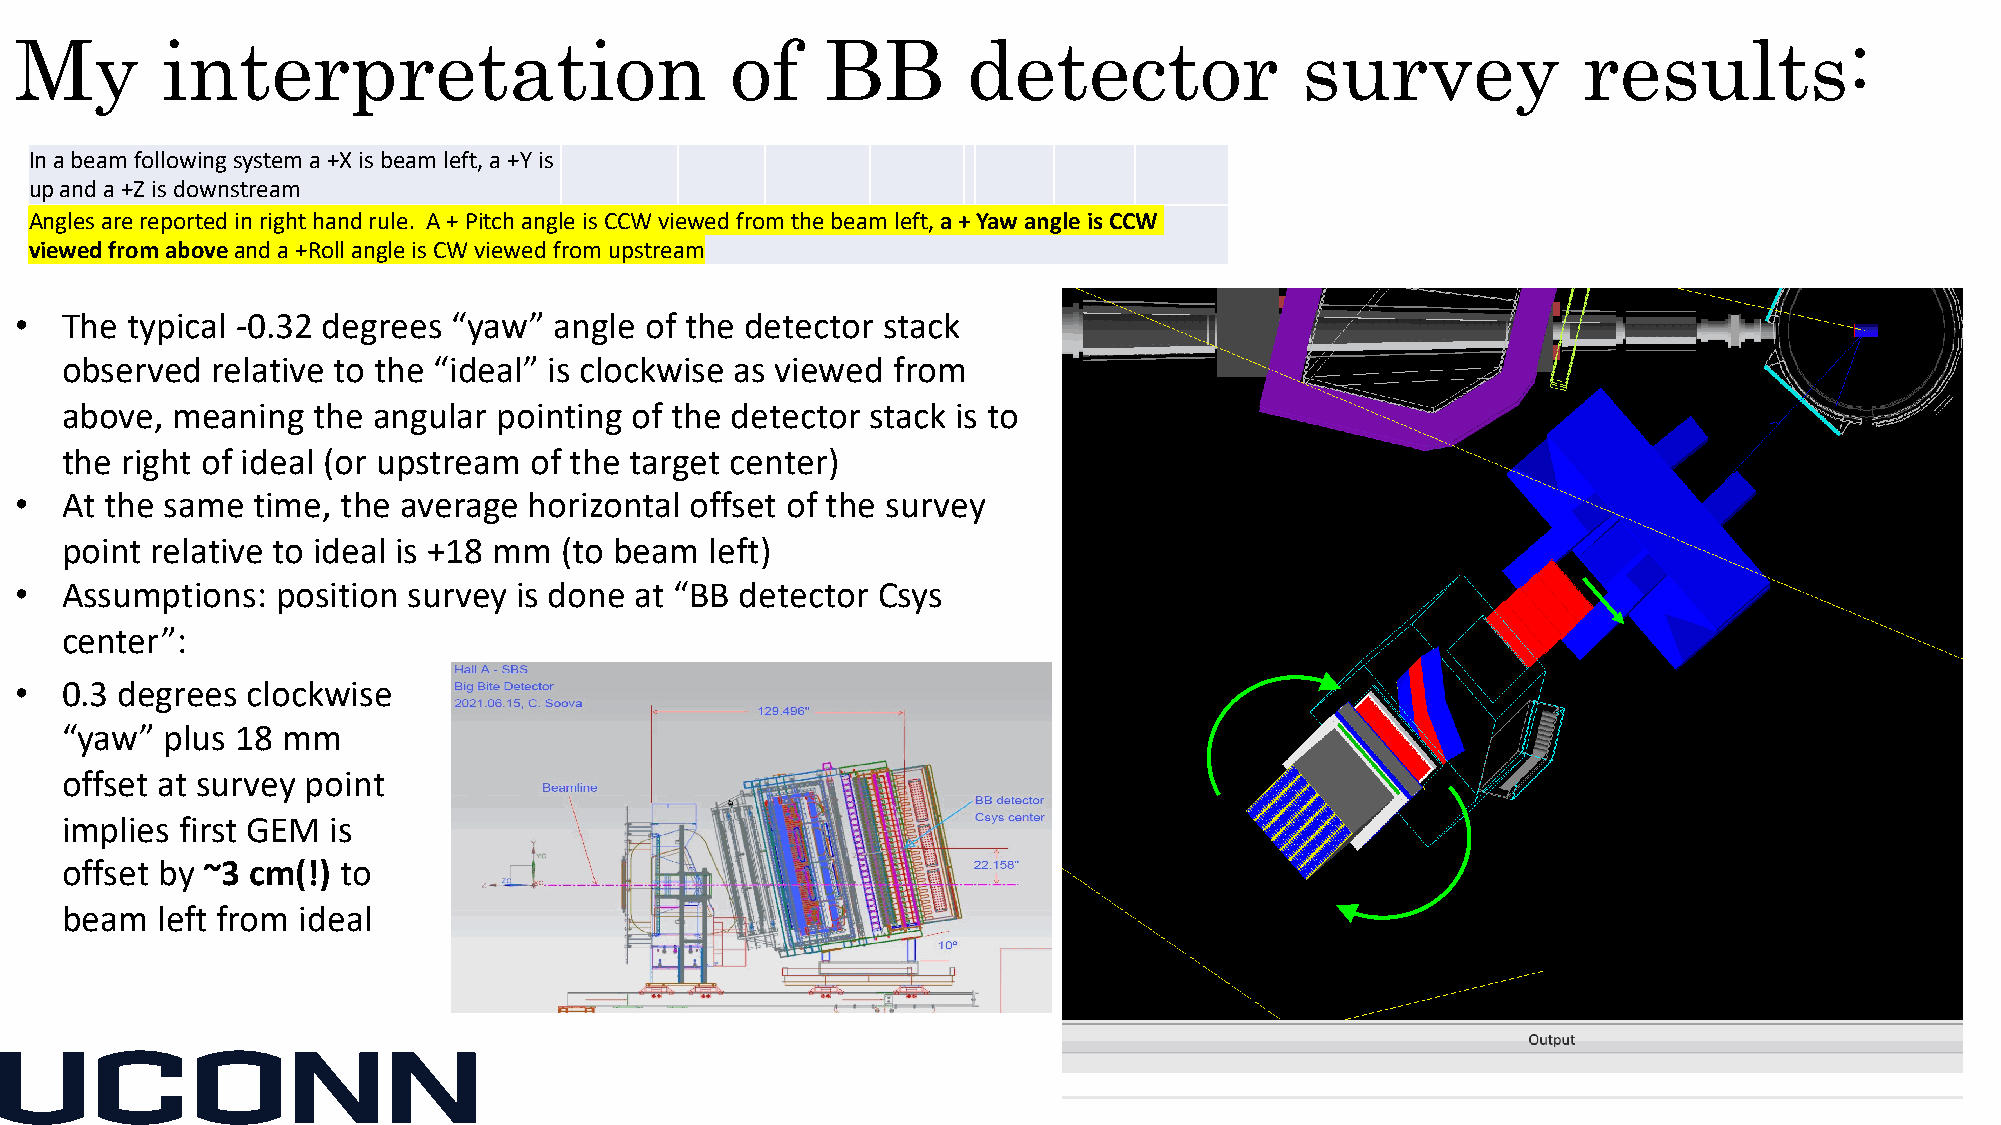
My        interpretation                       of    BB        detector              survey             results:
 In a beam following system a +X is beam left, a +Y is
 up and a +Z is downstream
 Angles are reported in right hand rule. A + Pitch angle is CCW viewed from the beam left, a + Yaw angle is CCW
 viewed from aboveand a +Roll angle is CW viewed from upstream
 •  The typical -0.32 degrees “yaw”  angle of the detector stack
 observed  relative to the “ideal” is clockwise as viewed from
 above, meaning   the angular pointing of the detector stack is to
 the right of ideal (or upstream of the target center)
 •  At the same  time, the average horizontal offset of the survey
 point relative to ideal is +18 mm (to beam left)
 •  Assumptions:  position survey is done at “BB detector Csys
 center”:
 •  0.3 degrees clockwise
 “yaw”  plus 18 mm
 offset at survey point
 implies first GEM is
 offset by ~3 cm(!) to
 beam  left from ideal